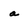
Character: a